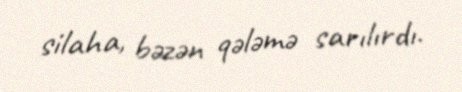
silaha, bəzən qələmə sarılırdı.